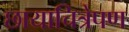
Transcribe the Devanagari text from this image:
छायाचित्रेपण